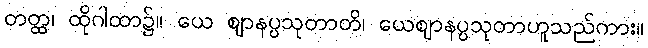
တတ္ထ၊ ထိုဂါထာ၌။ ယေ ဈာနပ္ပသုတာတိ၊ ယေဈာနပ္ပသုတာဟူသည်ကား။